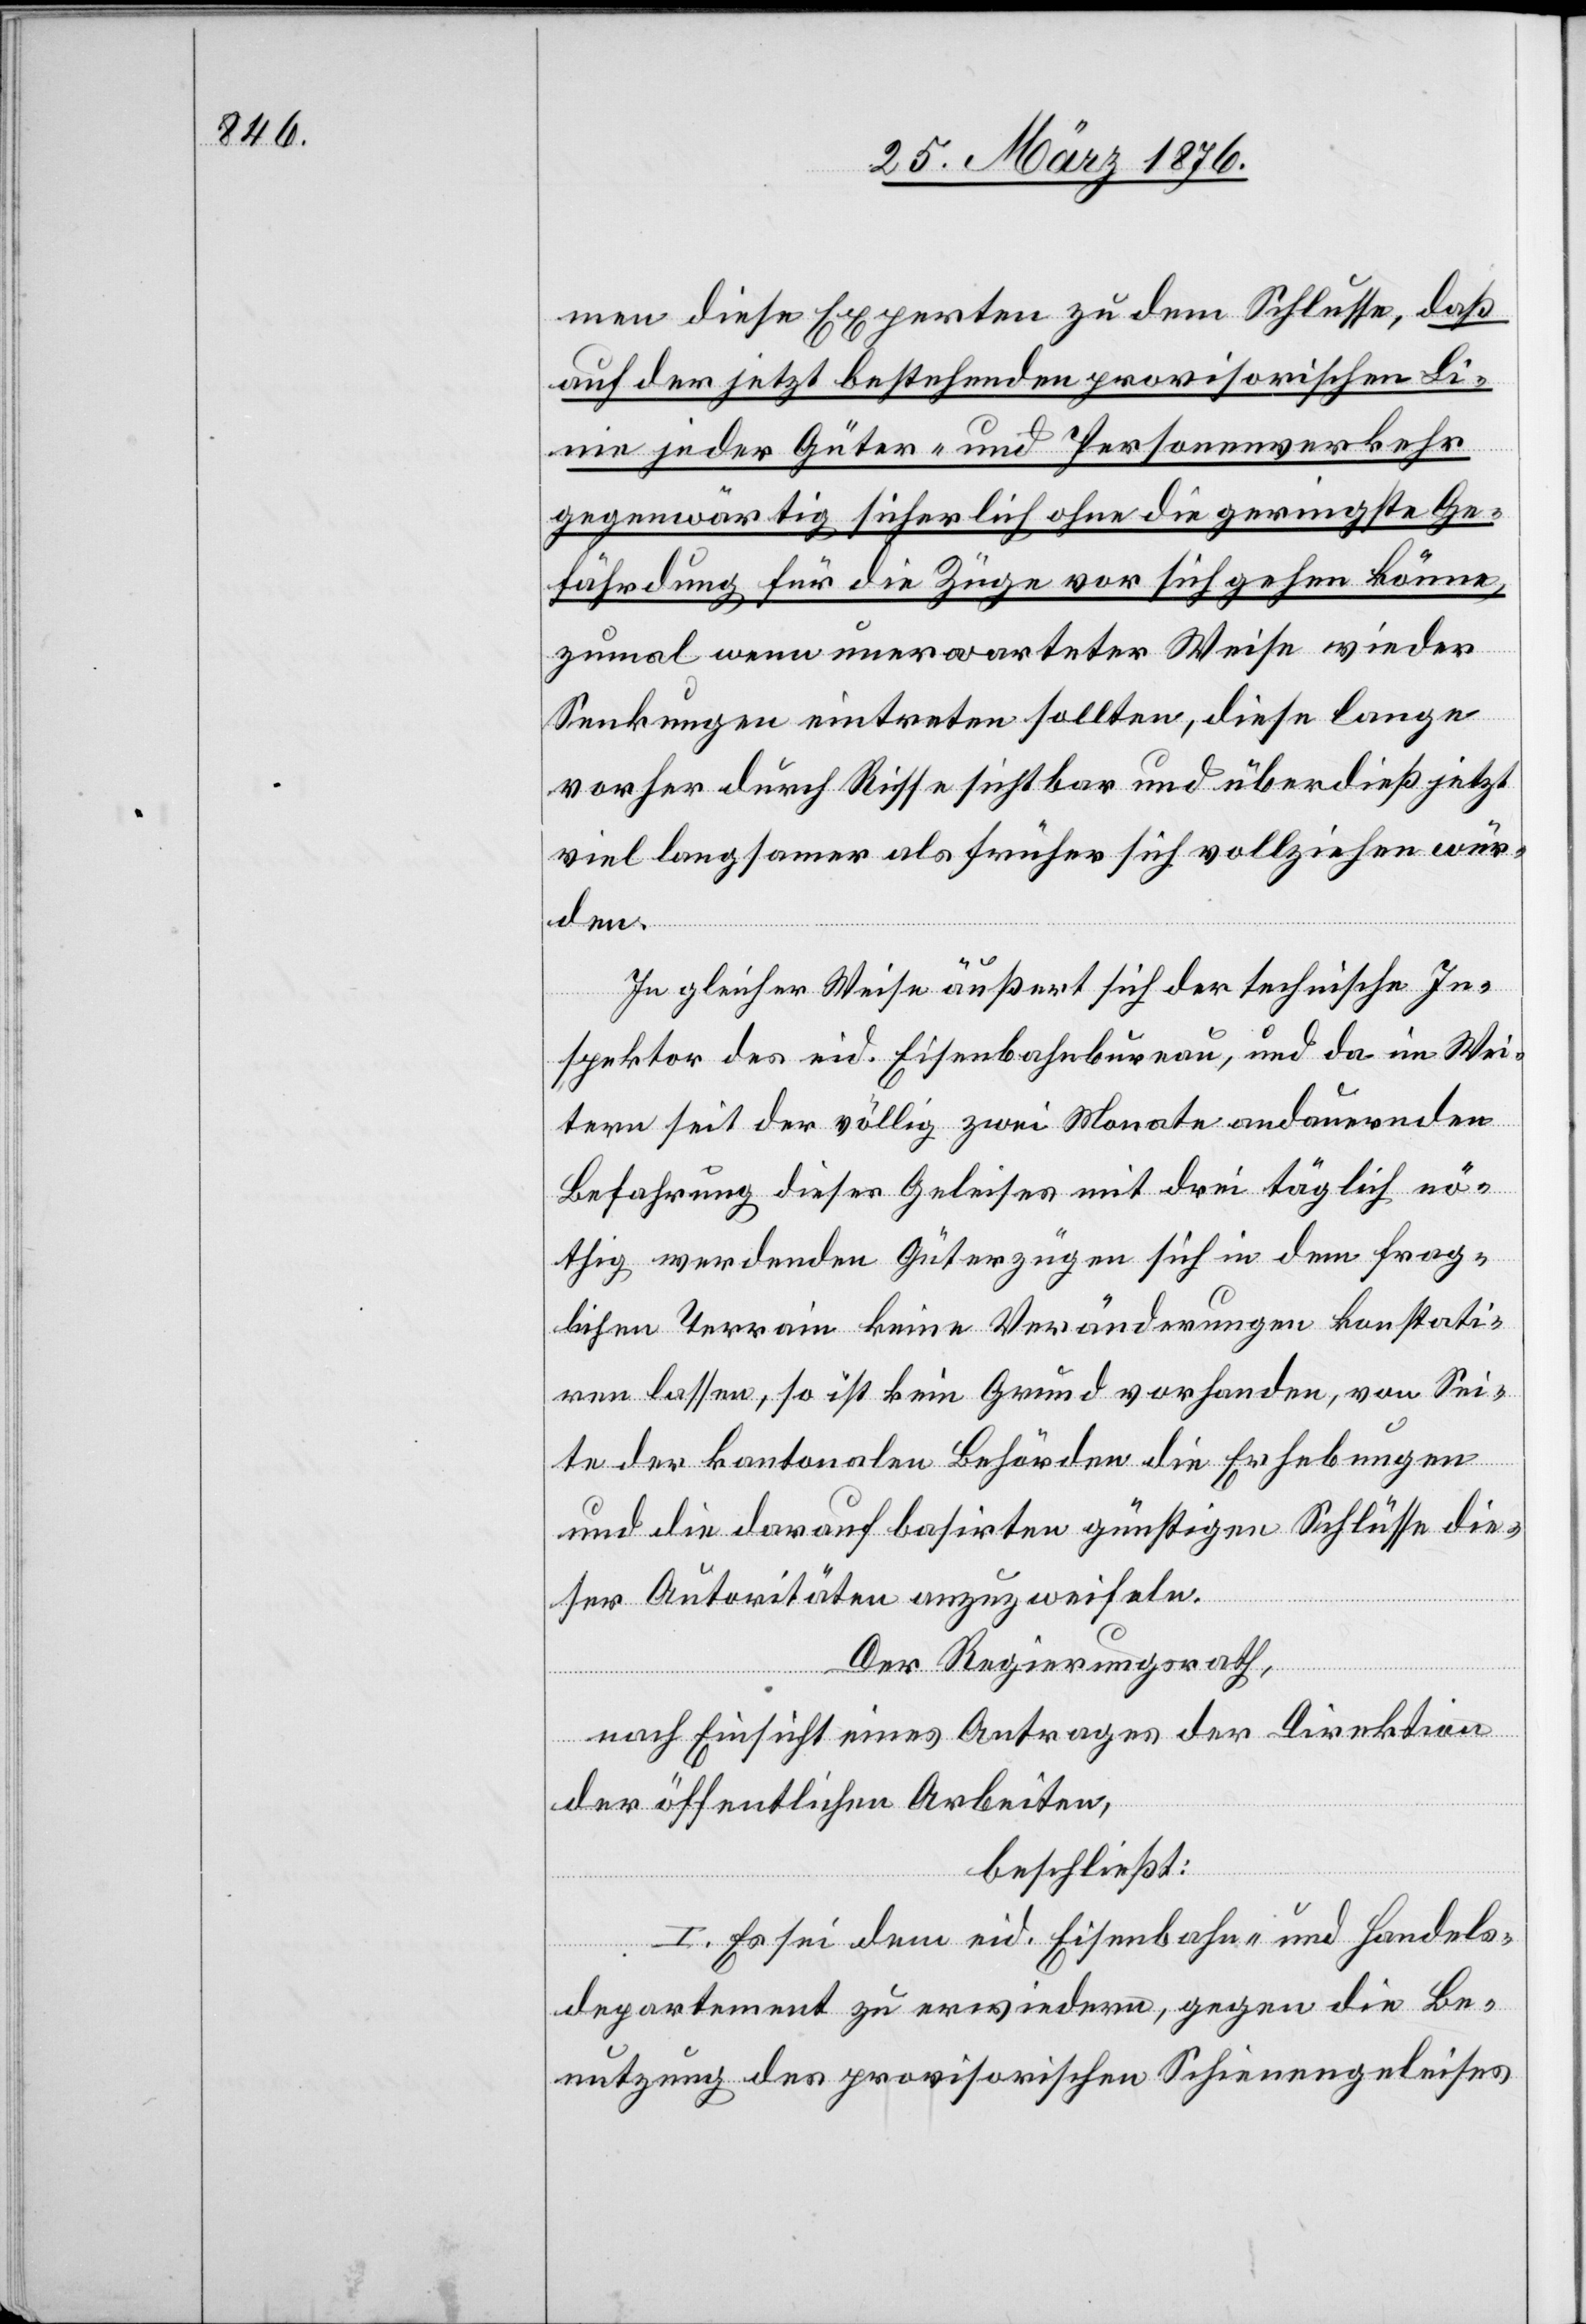
men diese Experten zu dem Schlusse, daß
auf der jetzt bestehenden provisorischen Li¬
nie jeder Güter- und Personenverkehr
gegenwärtig sicherlich ohne die geringste Ge¬
fährdung für die Züge vor sich gehen könne,
zumal wenn unerwarteter Weise wieder
Senkungen eintreten sollten, diese lange
vorher durch Risse sichtbar und überdieß jetzt
viel langsamer als früher sich vollziehen wür¬
den.
In gleicher Weise äußert sich der technische In¬
spektor des eid. Eisenbahnbureau, und da im Wei¬
tern seit der völlig zwei Monate andauernden
Befahrung dieses Geleises mit drei täglich nö¬
thig werdenden Güterzügen sich in dem frag¬
lichen Terrain keine Veränderungen konstati¬
ren lassen, so ist kein Grund vorhanden, von Sei¬
te der kantonalen Behörden die Erhebungen
und die darauf basirten günstigen Schlüsse die¬
ser Autoritäten anzuzweifeln.
Der Regierungsrath,
nach Einsicht eines Antrages der Direktion
der öffentlichen Arbeiten,
beschließt:
I. Es sei dem eid. Eisenbahn- und Handels¬
departement zu erwiedern, gegen die Be¬
nutzung des provisorischen Schienengeleises